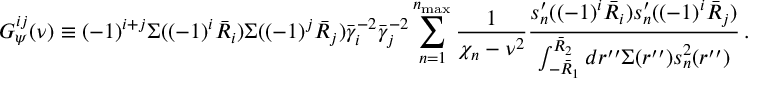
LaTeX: G _ { \psi } ^ { i j } ( \nu ) \equiv ( - 1 ) ^ { i + j } \Sigma ( ( - 1 ) ^ { i } \bar { R } _ { i } ) \Sigma ( ( - 1 ) ^ { j } \bar { R } _ { j } ) \bar { \gamma } _ { i } ^ { - 2 } \bar { \gamma } _ { j } ^ { - 2 } \sum _ { n = 1 } ^ { n _ { \mathrm { m a x } } } \frac { 1 } { \chi _ { n } - \nu ^ { 2 } } \frac { s _ { n } ^ { \prime } ( ( - 1 ) ^ { i } \bar { R } _ { i } ) s _ { n } ^ { \prime } ( ( - 1 ) ^ { i } \bar { R } _ { j } ) } { \int _ { - \bar { R } _ { 1 } } ^ { \bar { R } _ { 2 } } d r ^ { \prime \prime } \Sigma ( r ^ { \prime \prime } ) s _ { n } ^ { 2 } ( r ^ { \prime \prime } ) } \, .